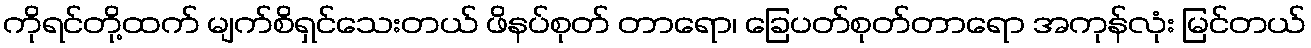
ကိုရင်တို့ထက် မျက်စိရှင်သေးတယ် ဖိနပ်စုတ် တာရော၊ ခြေပတ်စုတ်တာရော အကုန်လုံး မြင်တယ်